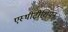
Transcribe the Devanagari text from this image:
एस्थीटीशियन